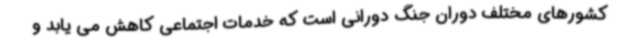
کشورهای مختلف دوران جنگ دورانی است که خدمات اجتماعی کاهش می یابد و